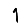
Digit: 1